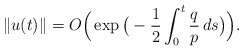
\begin{align*}\Vert u(t)\Vert = O\Big(\exp\big(-\frac{1}{2}\int_0^t\frac{q}{p}\, ds\big) \Big).\end{align*}